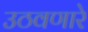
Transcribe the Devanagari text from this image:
उठवणारे